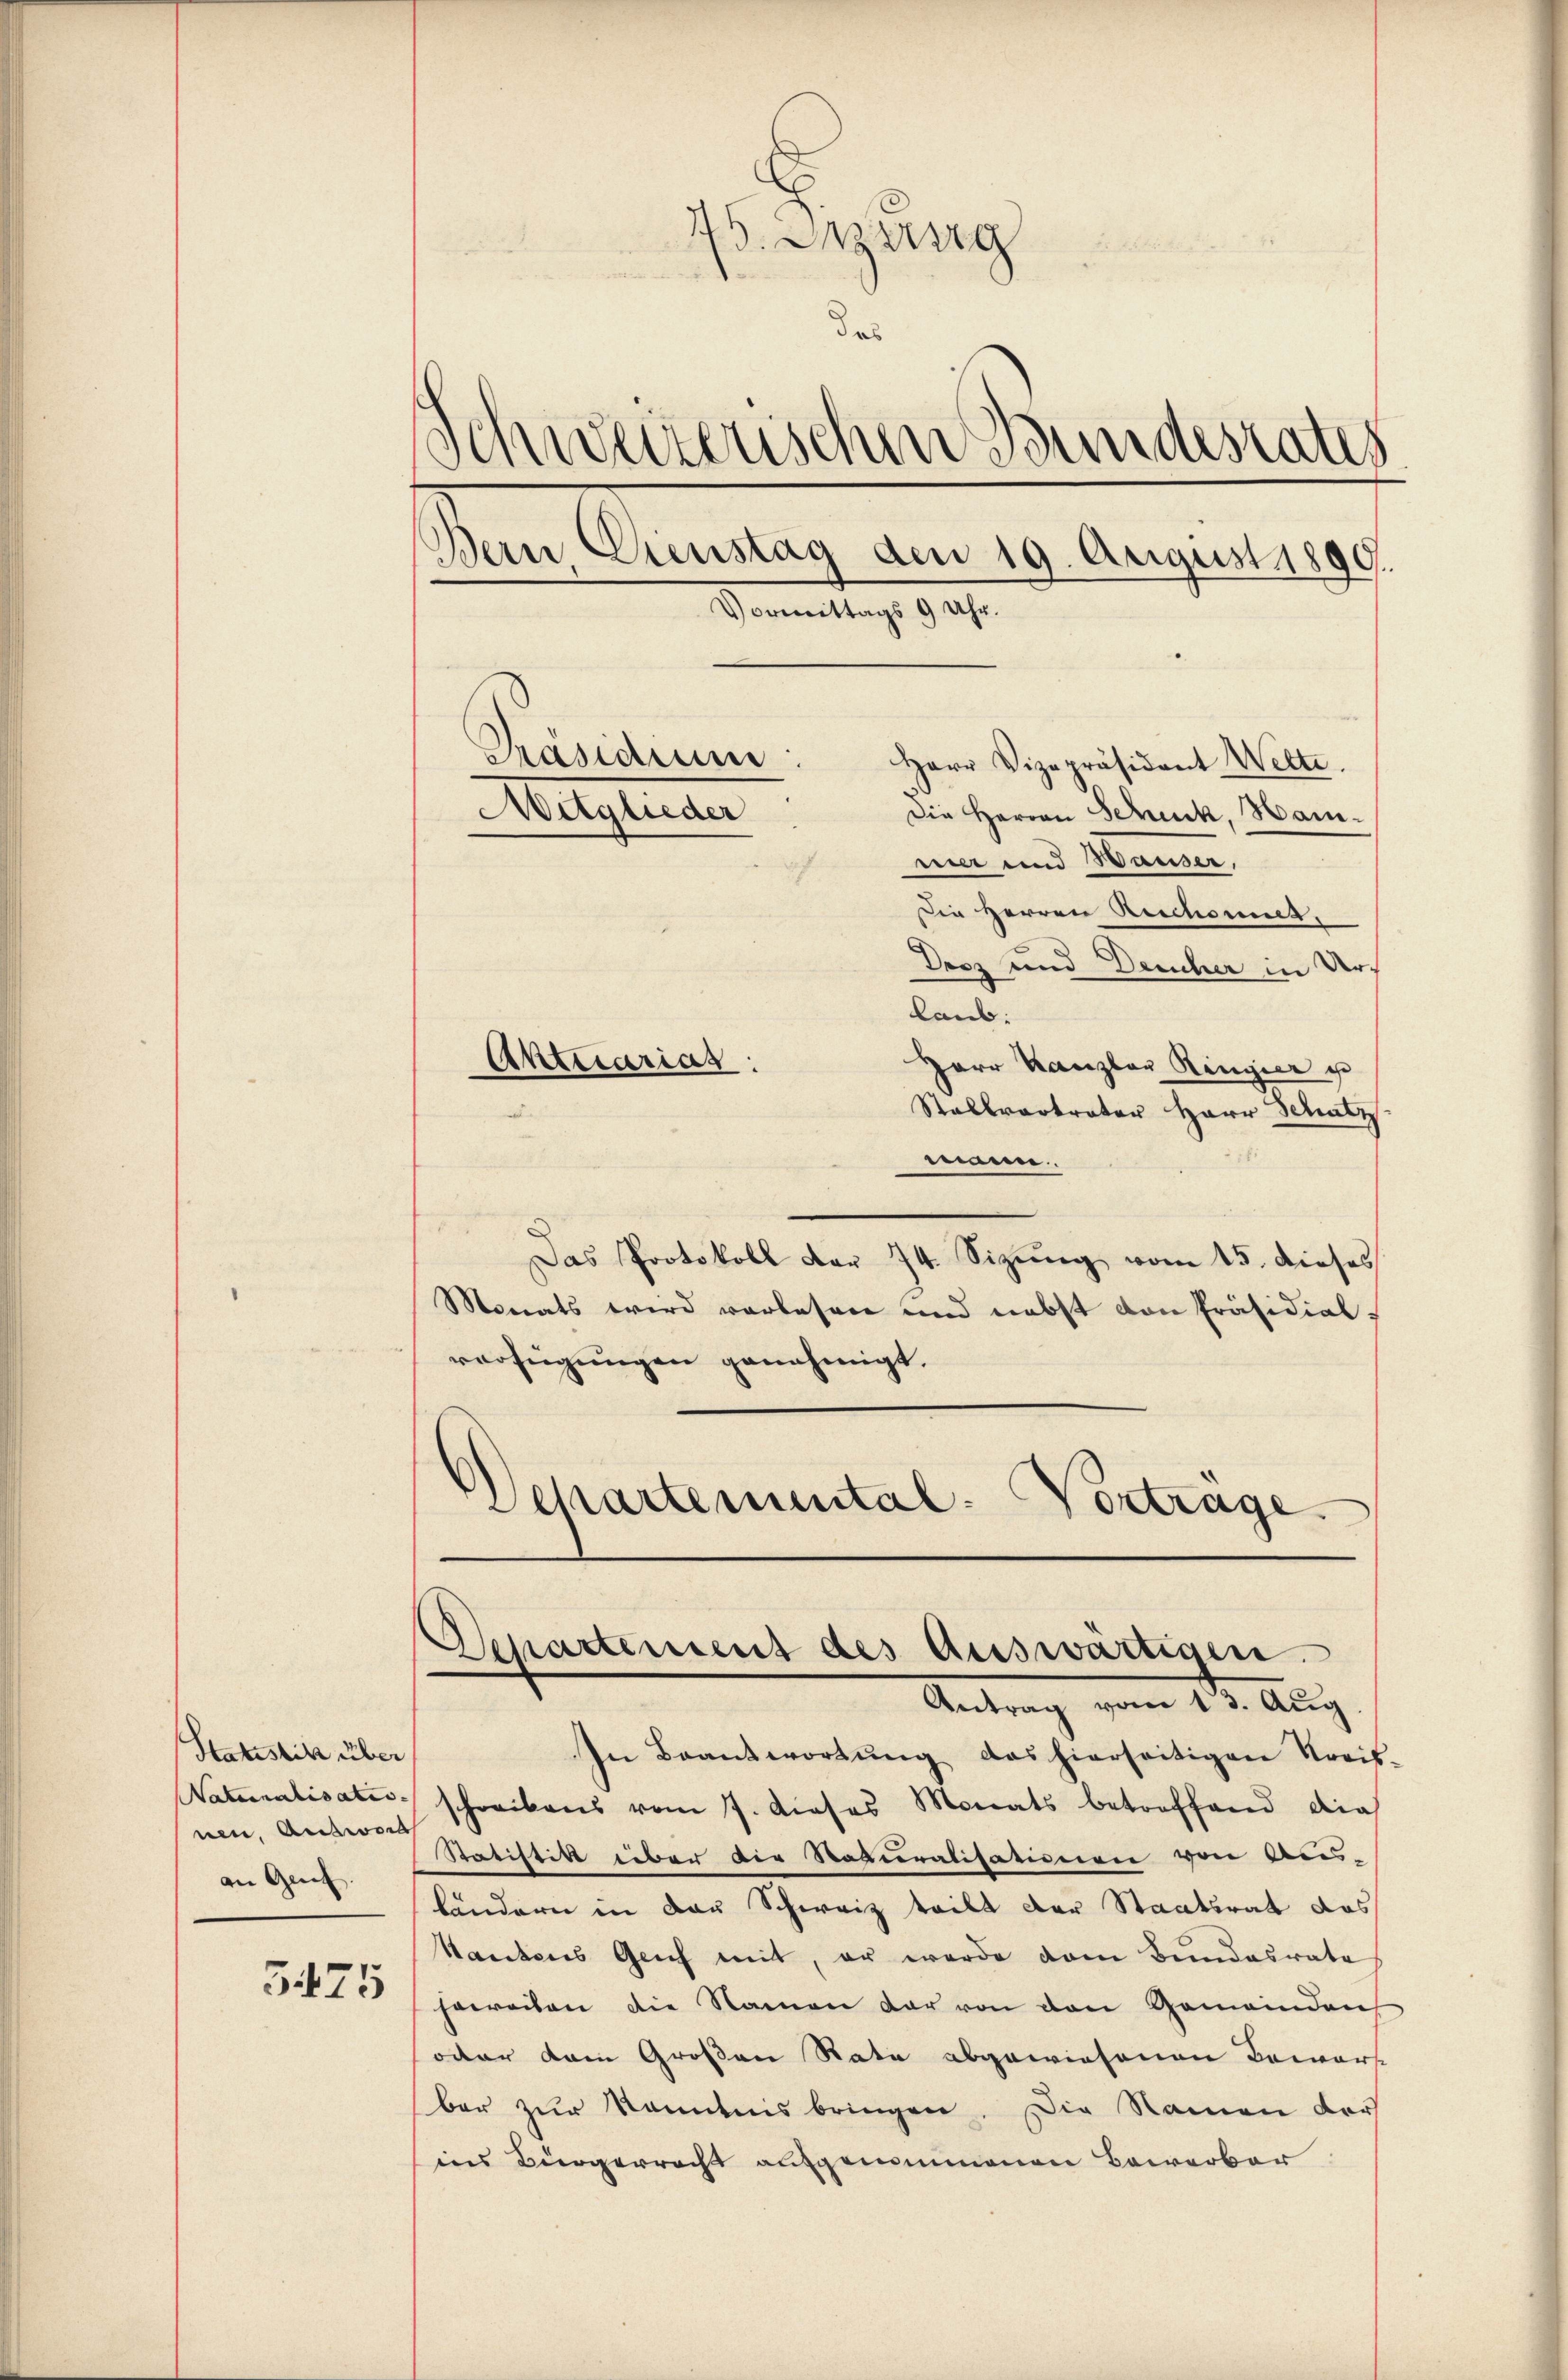
Statistik über
Naturnalisatio
nen, Antwort
an Genf
3475

75. Jung
das
Schweizerischen Bundesrates
Bern Dienstag den 19. August 1890.
e
Vormittags 9 Uhr.
Präsidium
Herr Vizepräsident Wette.
Mitglieder
Die Herren Schick, Hammier und Hauser,
ie Herren Reichemiet.

Desz und Deucher in Urlaub:
Herr Kanzler Ringier u
Stallvertrater Herr Schatz
mann.
Das Protokoll der 74. Sizung vom 15. dieses
Monats wird vorlesen und nebst von Präsidial-
verfügungen genehmigt.
Schartemental-Vortrage

Aktuarias:

Departement des Auswärtigen.
Antrag vom 14. Aug.

In Beantwortŭng das hierseitigen Kreis-
schreibens vom 7. dieses Monats betreffend dies
Satistitt über die Roveralisationen von Aus-
bändern in der Schweiz teilt der Staatsrat das
kantons Genf mit, er werde dem Bundesrate
hereiten die Namen dar von den Gemeinden
octer kam Großen Rate abgewiesenen Bewart
ber zur Kenntnis bringen. Die Namen der
ins Bürgerrecht aufgenommenen Bewerber